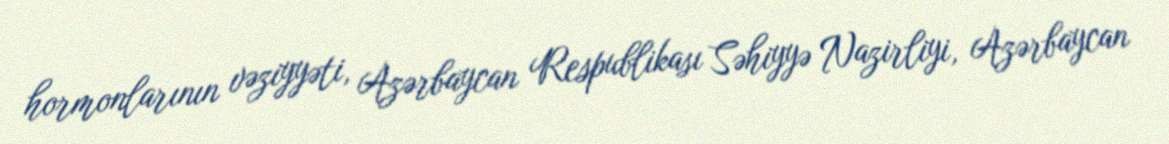
hormonlarının vəziyyəti, Azərbaycan Respublikası Səhiyyə Nazirliyi, Azərbaycan